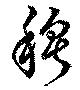
穆